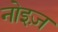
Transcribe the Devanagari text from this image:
नोइज़